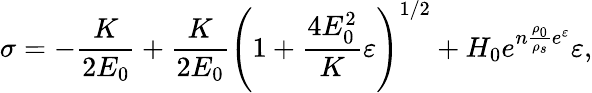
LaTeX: \sigma=-\frac{K}{2E_{0}}+\frac{K}{2E_{0}}\left(1+\frac{4E_{0}^{2}}{K}\varepsilon\right)^{1/2}+H_{0}e^{n\frac{\rho_{0}}{\rho_{s}}e^{\varepsilon}}\varepsilon,